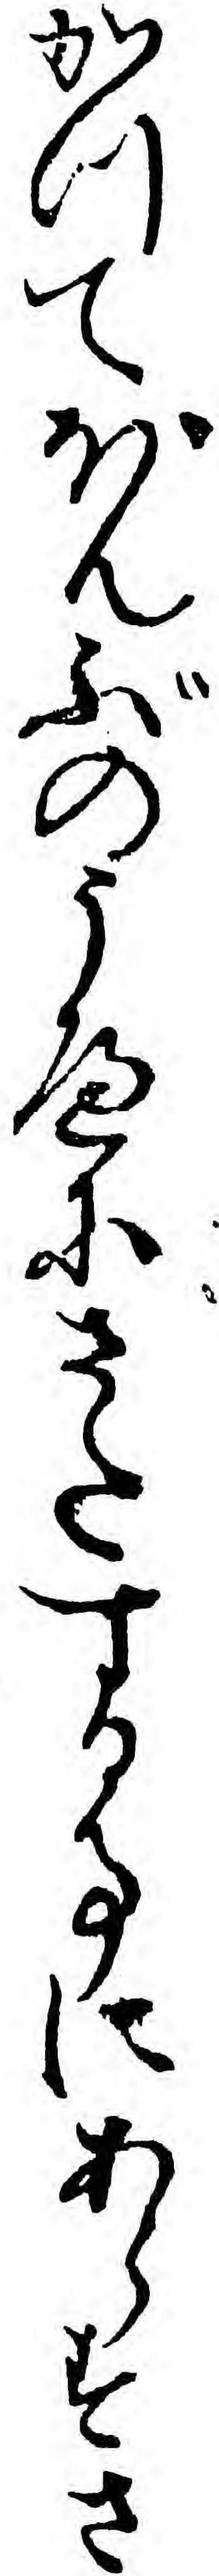
かつてぼんぶのうへにさたする事にあらすさ